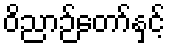
ဝိညာဉ်တော်နှင့်